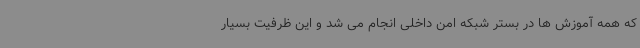
که همه آموزش ها در بستر شبکه امن داخلی انجام می شد و این ظرفیت بسیار